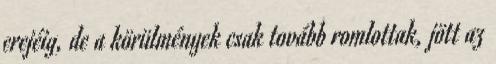
erejéig, de a körülmények csak tovább romlottak, jött az